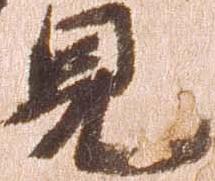
見